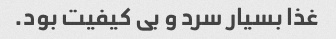
غذا بسیار سرد و بی کیفیت بود.